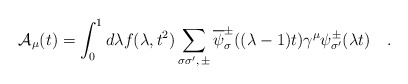
\begin{align*}{\cal A}_\mu (t) = \int_0^1 d\lambda f (\lambda,t^2 ) \sum_{\sigma\sigma^\prime,\,\pm} \overline\psi^{\pm}_\sigma((\lambda -1)t) \gamma^\mu \psi^{\pm}_{\sigma^\prime} (\lambda t) \quad.\end{align*}